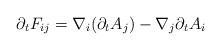
LaTeX: \begin{align*}\partial_{t}F_{ij}&=\nabla_{i}(\partial_{t}A_{j})-\nabla_{j}\partial_{t}A_{i}\end{align*}